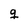
Character: g